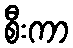
စီးကာ